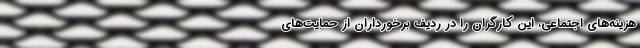
هزینه‌های اجتماعی، این کارگران را در ردیف برخورداران از حمایت‌های